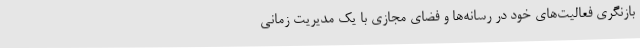
بازنگری فعالیت‌های خود در رسانه‌ها و فضای مجازی با یک مدیریت زمانی